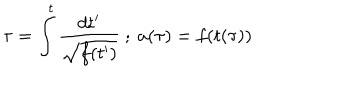
\tau = \int _ { } ^ { t } { \frac { d t ^ { \prime } } { \sqrt { f ( t ^ { \prime } ) } } } \ ; \ a ( \tau ) = f ( t ( \tau ) )